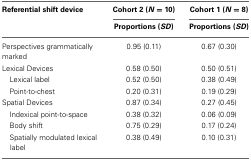
| Referential shift device | Cohort 2 (N =10) | Cohort 1 (N =8) |
 |  | Proportions (SD) | Proportions (SD) |
 | --- | --- | --- |
 | Perspectives grammatically marked | 0.95 (0.11) | 0.67 (0.30) |
 | Lexical Devices | 0.58 (0.50) | 0.50 (0.51) |
 | Lexical label | 0.52 (0.50) | 0.38 (0.49) |
 | Point-to-chest | 0.20 (0.31) | 0.19 (0.29) |
 | Spatial Devices | 0.87 (0.34) | 0.27 (0.45) |
 | Indexical point-to-space | 0.38 (0.32) | 0.06 (0.09) |
 | Body shift | 0.75 (0.29) | 0.17 (0.24) |
 | Spatially modulated lexical label | 0.38 (0.49) | 0.10 (0.31) |